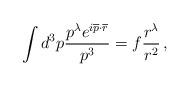
LaTeX: \begin{align*}\int d^3p \frac{p^\lambda e^{i\overline{p} \cdot \overline{r} }}{p^3} = f \frac{r^\lambda}{r^2} \, ,\end{align*}